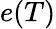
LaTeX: e(T)